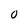
Character: O